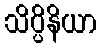
သိပ္ပိနိယာ